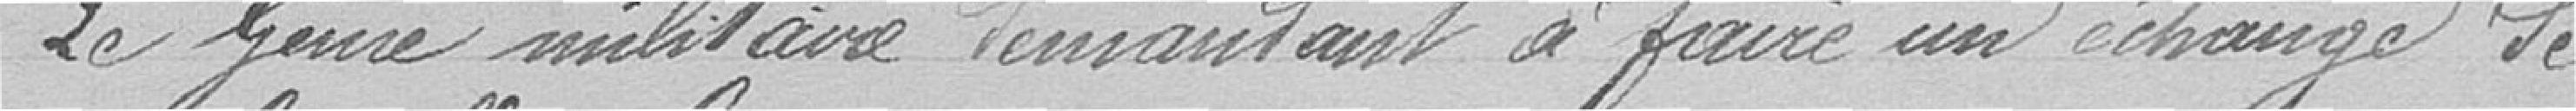
Le Génie militaire demandant à faire un échange de